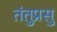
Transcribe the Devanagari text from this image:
तंतुप्रसु